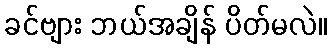
ခင်ဗျား ဘယ်အချိန် ပိတ်မလဲ။